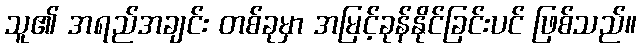
သူ၏ အရည်အချင်း တစ်ခုမှာ အမြင့်ခုန်နိုင်ခြင်းပင် ဖြစ်သည်။